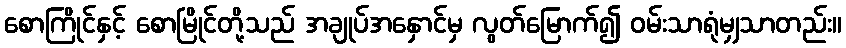
စောကြိုင်နှင့် စောမြိုင်တို့သည် အချုပ်အနှောင်မှ လွတ်မြောက်၍ ဝမ်းသာရုံမျှသာတည်း။